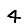
Digit: 4